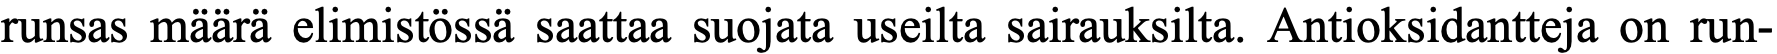
runsas määrä elimistössä saattaa suojata useilta sairauksilta. Antioksidantteja on run-